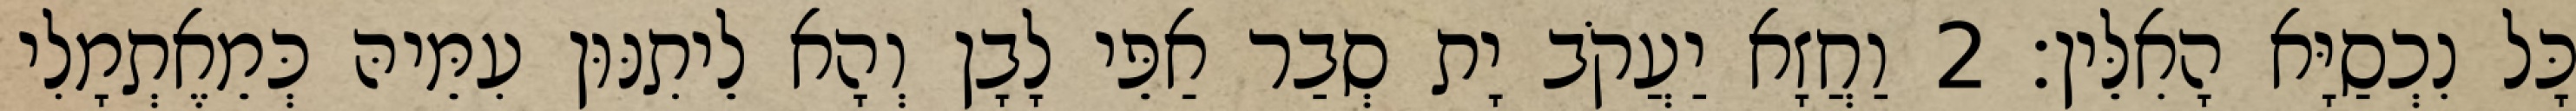
כָּל נִכְסַיָּא הָאִלֵּין׃ 2 וַחֲזָא יַעֲקֹב יָת סְבַר אַפֵּי לָבָן וְהָא לֵיתִנּוּן עִמֵּיהּ כְּמֵאֶתְמָלִי